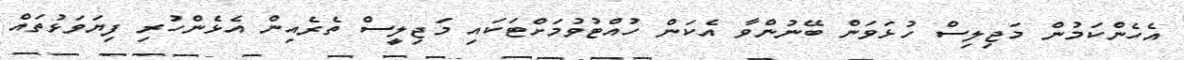
އެހެންކަމުން މަޖިލިސް ހުޅަވަން ބޭނުންވާ އެކަން ހުއްޓުވުމަށްޓަކައި މަޖިލީސް ތެރެއިން އެޅެންހުރި ފިޔަވަޅުތައް